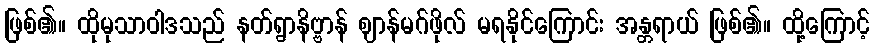
ဖြစ်၏။ ထိုမုသာဝါဒသည် နတ်ရွာနိဗ္ဗာန် ဈာန်မဂ်ဖိုလ် မရနိုင်ကြောင်း အန္တရာယ် ဖြစ်၏။ ထို့ကြောင့်